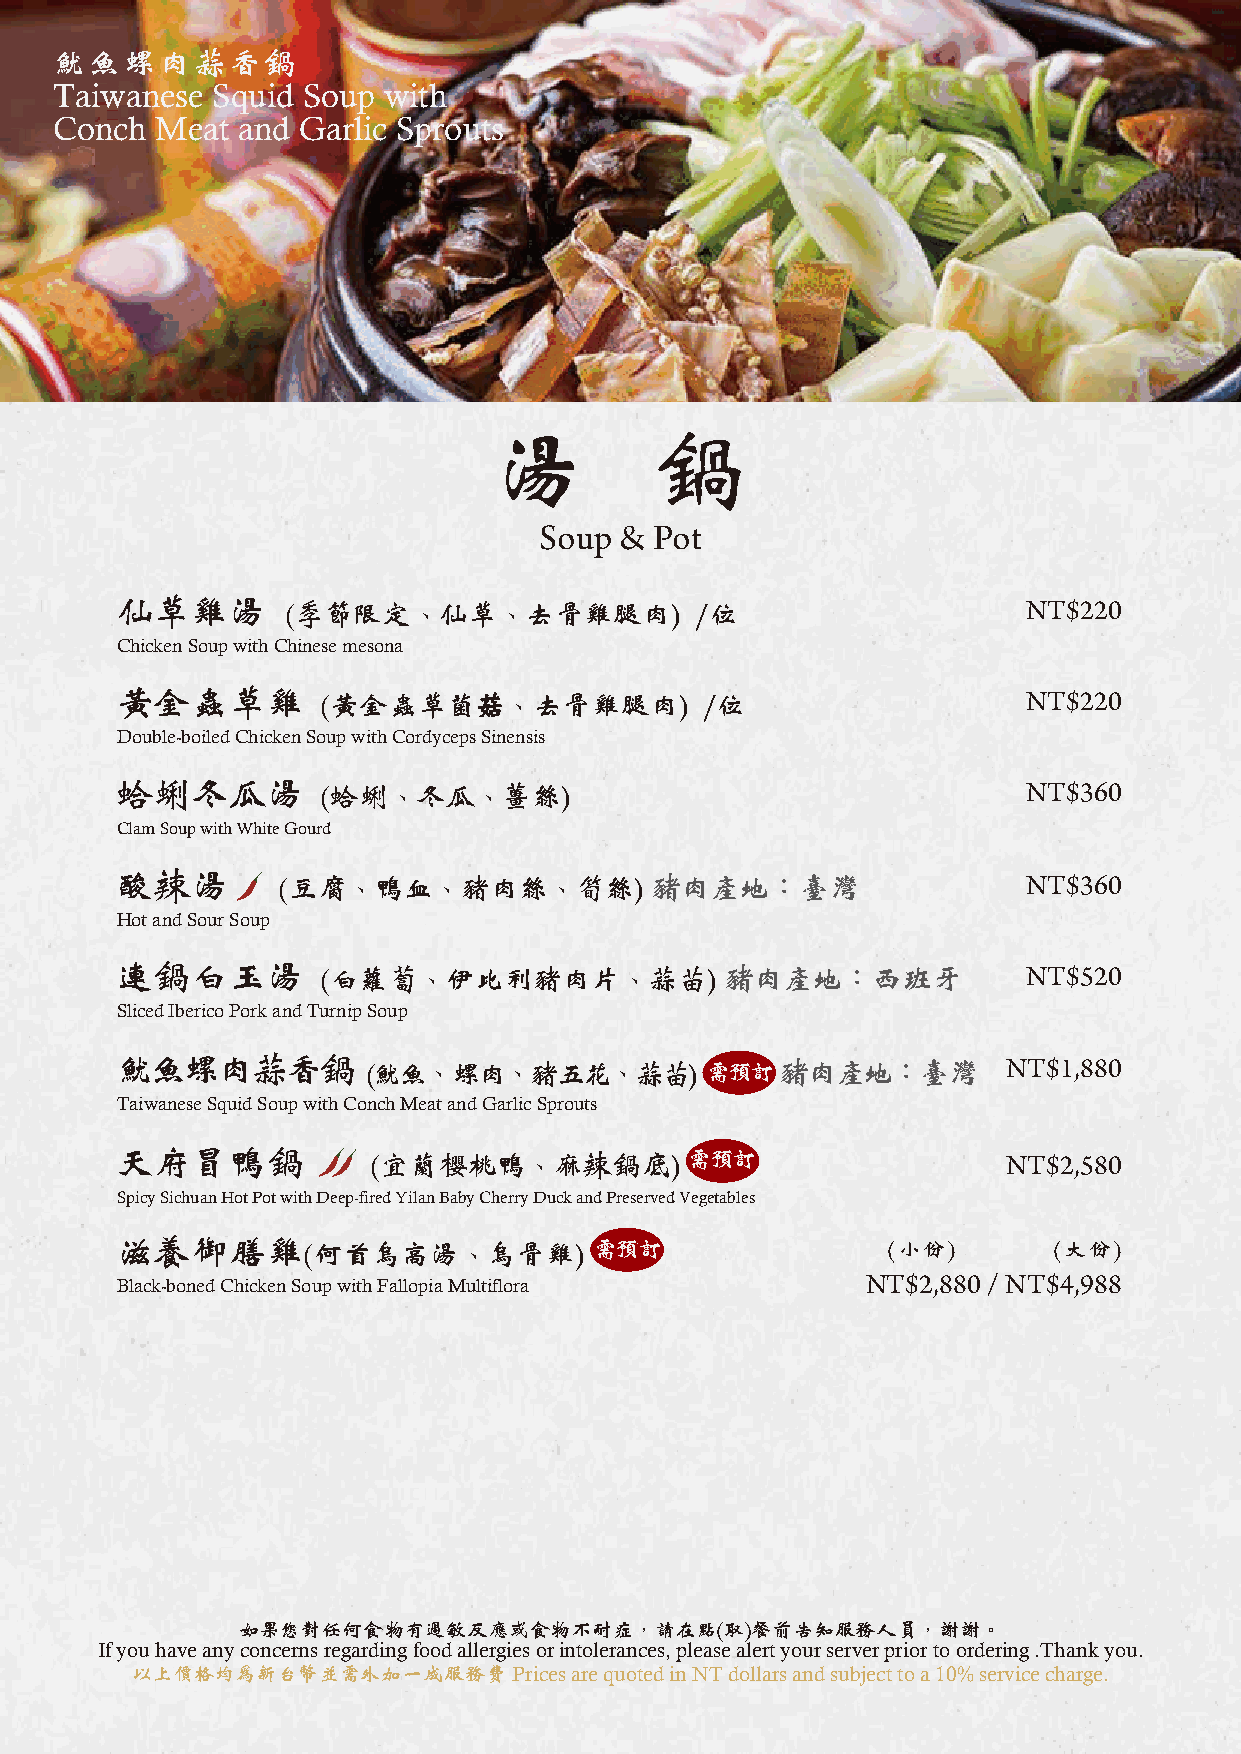
魷魚螺肉蒜香鍋
 Taiwanese  Squid Soup with
 Conch  Meat  and Garlic Sprouts
 湯         鍋
 Soup & Pot
 仙草雞湯
 (季節限定、仙草、去骨雞腿肉)            /位                    NT$220
 Chicken Soup with Chinese mesona
 黃金蟲草雞
 (黃金蟲草菌菇、去骨雞腿肉)            /位                   NT$220
 Double-boiled Chicken Soup with Cordyceps Sinensis
 蛤蜊冬瓜湯
 (蛤蜊、冬瓜、薑絲)                                     NT$360
 Clam Soup with White Gourd
 酸辣湯       (豆腐、鴨血、豬肉絲、筍絲)           豬肉產地：臺灣                  NT$360
 Hot and Sour Soup
 連鍋白玉湯        (白蘿蔔、伊比利豬肉片、蒜苗)            豬肉產地：西班牙            NT$520
 Sliced Iberico Pork and Turnip Soup
 魷魚螺肉蒜香鍋         (魷魚、螺肉、豬五花、蒜苗)         需預訂豬肉產地：臺灣          NT$1,880
 Taiwanese Squid Soup with Conch Meat and Garlic Sprouts
 天府冒鴨鍋            (宜蘭櫻桃鴨、麻辣鍋底)        需預訂                   NT$2,580
 Spicy Sichuan Hot Pot with Deep-fired Yilan Baby Cherry Duck and Preserved Vegetables
 滋養御膳雞       (何首烏高湯、烏骨雞)        需預訂                 (小份)       (大份)
 Black-boned Chicken Soup with Fallopia Multiflora NT$2,880 / NT$4,988
 如果您對任何食物有過敏反應或食物不耐症，請在點(取)餐前告知服務人員，謝謝。
 If you have any concerns regarding food allergies or intolerances, please alert your server prior to ordering .Thank you.
 以上價格均為新台幣並需外加一成服務費       Prices are quoted in NT dollars and subject to a 10% service charge.